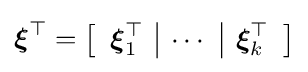
{\boldsymbol {\xi }}^{\top }=\left[{\begin{array}{c|c|c}{\boldsymbol {\xi }}_{1}^{\top }&\cdots &{\boldsymbol {\xi }}_{k}^{\top }\end{array}}\right]